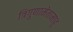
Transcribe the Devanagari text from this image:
त्रिगुणामेतामाहु